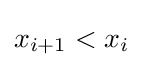
x_{i+1}<x_{i}